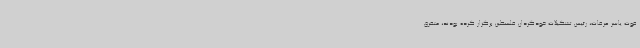
فوت یاسر عرفات، رئیس تشکیلات خودگردان فلسطین برگزار کرده بودند، متفرق